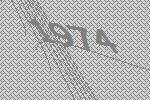
1974